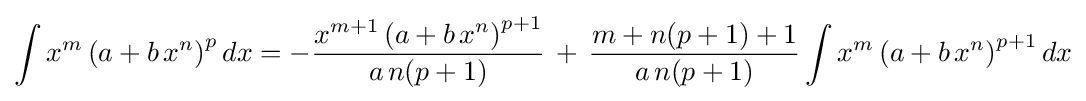
\int x^{m}\left(a+b\,x^{n}\right)^{p}dx=-{\frac {x^{m+1}\left(a+b\,x^{n}\right)^{p+1}}{a\,n(p+1)}}\,+\,{\frac {m+n(p+1)+1}{a\,n(p+1)}}\int x^{m}\left(a+b\,x^{n}\right)^{p+1}dx